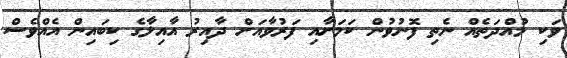
ވަކި މުއްދަތެއް ނެތި ފޮނުވުން ކަމަށާއި ފަރުވާއަށް ދާއިރު އާއިލާގެ ކިބައިން އެއްވެސް